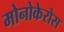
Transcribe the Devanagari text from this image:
मोनोकेरोस